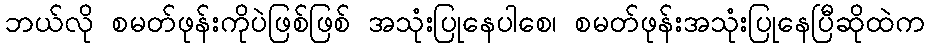
ဘယ်လို စမတ်ဖုန်းကိုပဲဖြစ်ဖြစ် အသုံးပြုနေပါစေ၊ စမတ်ဖုန်းအသုံးပြုနေပြီဆိုထဲက